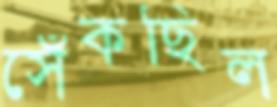
সেঁকছিল